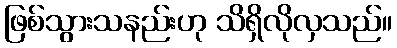
ဖြစ်သွားသနည်းဟု သိရှိလိုလှသည်။